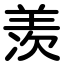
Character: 羡